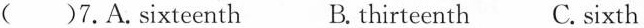
( )7.A.sixteenth B. thirteenth C. sixth